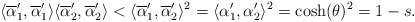
\begin{align*} \langle\overline{\alpha}'_1,\overline{\alpha}'_1\rangle \langle\overline{\alpha}'_2,\overline{\alpha}'_2\rangle< \langle\overline{\alpha}'_1,\overline{\alpha}'_2\rangle^2=\langle\alpha'_1,\alpha'_2\rangle^2=\cosh(\theta)^2=1-s. \end{align*}